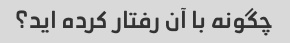
چگونه با آن رفتار کرده اید؟